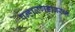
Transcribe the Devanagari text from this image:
पन्हाळगडावरुन